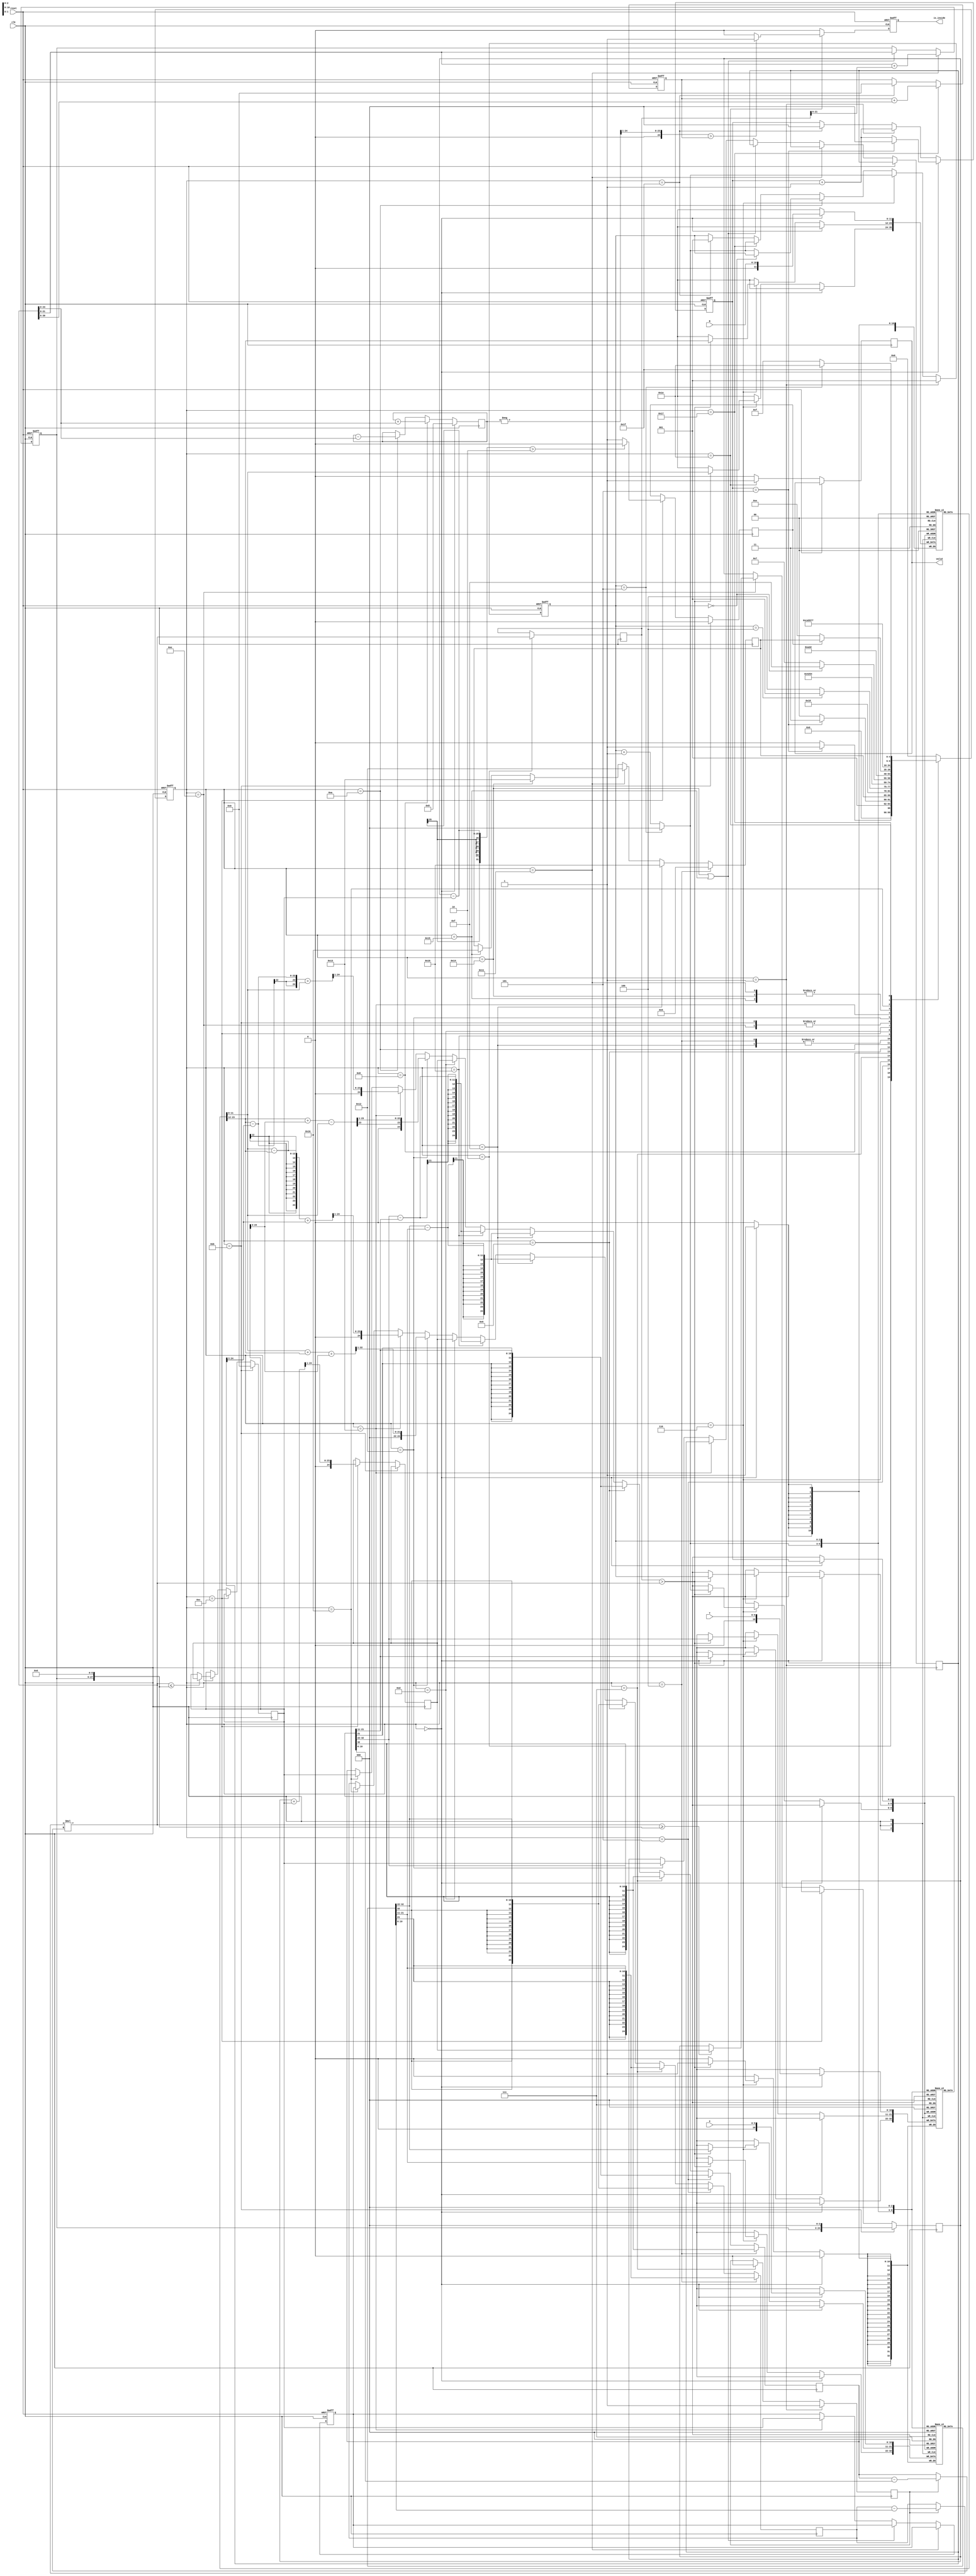
module geofence ( clk,reset,X,Y,R,valid,is_inside);
input clk;
input reset;
input [9:0] X;
input [9:0] Y;
input [10:0] R;
output valid;
output is_inside;
reg valid;//
reg is_inside;//
reg [4:0]current_state,next_state,flag;
reg signed[10:0]object_x[5:0],object_y[5:0];
reg signed[11:0]object_r[5:0];
reg [2:0]counter;
reg [2:0]index;
reg sorting;
reg [21:0]k3;
reg [24:0]high,low,s1,c;
reg [24:0]mid;
reg signed[24:0]triangle;//
reg squart_flag;//
reg signed [23:0]hexagon;
wire signed [42:0] mul_result;
reg signed [42:0] temp;
reg signed [24:0] k1,k2;
wire signed [24:0]vector_x,vector_y;
assign vector_x = sorting ? k1 - object_x[0] : k1;
assign vector_y = sorting ? k2 - object_y[0] : k2;
assign mul_result = vector_x * vector_y;

wire [2:0]index_add_1;
assign index_add_1 = (index==5)?0:index+1;
localparam read = 0;
localparam sort = 1;
localparam mul = 2;
localparam cross_1 = 4;//
localparam cross_2 = 5;
localparam swap = 6;
localparam assign_hexagon_area_1 = 7;
localparam hexagon_area_1 = 8;
localparam assign_hexagon_area_2 = 9;
localparam hexagon_area_2 = 10;
localparam square_start = 11;
localparam compute_mid = 12;
localparam product = 13;
localparam compare = 14;
localparam get_c_1 = 15;
localparam get_c_2 = 16;
localparam Pythagorean = 17;
localparam get_s_1 = 18;
localparam get_s_2 = 19;
localparam store_k_1 = 20;
localparam store_k_2 = 21;
localparam mul_s1_s2 = 22;
localparam add_triangle = 23;
localparam fianl_compare = 30;
localparam finish = 31;
always @(posedge clk or posedge reset)
begin
    if(reset)
        current_state <= read;
    else
        current_state<=next_state;
end
always @(*)//next_state logic
begin
    case(current_state)
        read:
            if(counter == 5)
                next_state = sort;
            else
                next_state = read;
        sort:
            if(counter==5)
                next_state = assign_hexagon_area_1;
            else
                next_state = cross_1 ;
        cross_1:
            next_state = mul;
        mul:
            next_state = flag;
        cross_2:
            next_state = swap;
        swap:
            if(index==4)
                next_state = sort;
            else
                next_state = cross_1;
        assign_hexagon_area_1:
            next_state = hexagon_area_1;
        hexagon_area_1:
            next_state = assign_hexagon_area_2;
        assign_hexagon_area_2:
            next_state = hexagon_area_2;
        hexagon_area_2:
            if(index==0)
                next_state = get_c_1;
            else
                next_state = assign_hexagon_area_1;
        get_c_1:
            next_state = mul;
        get_c_2:
            next_state = Pythagorean;
        Pythagorean:
            next_state = square_start;
        square_start://k3high
            next_state = compute_mid;
        compute_mid:
            next_state = product;
        product:
            if(squart_flag)
                next_state = flag;//flag stage
            else
                next_state = compare;
        compare:
            next_state = compute_mid;
        get_s_1:
            next_state = store_k_1;
        get_s_2:
            next_state = store_k_2;
        store_k_1:
            next_state = square_start;
        store_k_2:
            next_state = square_start;
        mul_s1_s2:
            next_state = add_triangle;
        add_triangle:
            if(index==5)
                next_state = fianl_compare;
            else
                next_state = get_c_1;
        fianl_compare:
            next_state=finish;
        finish:
            next_state = read;
        default:
            next_state = read;
    endcase
end
always @(posedge clk or posedge reset)//index
begin
    if(reset)
        index<=1;
    else if(current_state==sort)
        index<=1;
    else if(current_state==swap)
        index<=index_add_1;
    else if(current_state == hexagon_area_2)
        if(index==0)
            index<=index;
        else
            index<=index_add_1;
    else if(current_state == add_triangle)
        index<=index_add_1;
    else if(current_state==finish)
        index<=1;

end
always @(posedge clk or posedge reset)//counter
begin
    if(reset)
        counter<=0;
    else if(current_state==read)
    begin
        if(counter==5)
            counter<=0;
        else
            counter<=counter+1;
    end
    else if(current_state==sort)
        counter<=counter+1;
    else if(current_state==finish)
        counter<=0;
end
always @(posedge clk)//object_x object_y object_r
begin
    if(current_state==read)
    begin
        object_x[counter]<=X;
        object_y[counter]<=Y;
        object_r[counter]<=R;
    end
    else if(current_state==swap)
    begin
        if(temp>mul_result)
        begin
            object_x[index]<=object_x[index_add_1];
            object_y[index]<=object_y[index_add_1];
            object_r[index]<=object_r[index_add_1];
            object_x[index_add_1]<=object_x[index];
            object_y[index_add_1]<=object_y[index];
            object_r[index_add_1]<=object_r[index];
        end
    end
end
always @(posedge clk)//temp
begin
    if(current_state==mul)
        temp<=mul_result;
end
always @(posedge clk)//k1 k2
begin
    if(current_state==cross_1)
    begin
        k1 <= object_x[index];
        k2 <= object_y[index_add_1];
    end
    else if(current_state==cross_2)
    begin
        k1 <= object_x[index_add_1];
        k2 <= object_y[index];
    end
    else if(current_state == assign_hexagon_area_1)
    begin
        k1 <= object_x[index];
        k2 <= object_y[index_add_1];
    end
    else if(current_state == assign_hexagon_area_2)
    begin
        k1 <= object_x[index_add_1];
        k2 <= object_y[index];
    end
    else if(current_state == get_c_1)
    begin
        k1 <= object_x[index_add_1] - object_x[index];
        k2 <= object_x[index_add_1] - object_x[index];
    end
    else if(current_state == get_c_2)
    begin
        k1 <= object_y[index_add_1] - object_y[index];
        k2 <= object_y[index_add_1] - object_y[index];
    end
    else if(current_state == product)
    begin
        k1 <= mid;
        k2 <= mid;
    end
    else if(current_state==get_s_1)
    begin
        k1 <= ((object_r[index] +  object_r[index_add_1] +(low>>3) )>>1);
        k2 <= ((object_r[index_add_1] + (low>>3) - object_r[index])>>1);
    end
    else if(current_state == get_s_2)
    begin
        k1 <= ((object_r[index] -  object_r[index_add_1] + (c>>3))>>1);
        k2 <= ((object_r[index_add_1] - (c>>3) + object_r[index])>>1);
    end
    else if(current_state==mul_s1_s2)
    begin
        k1<=s1;
        k2<=low;
    end
end
always @(posedge clk)//sorting
begin
    if(current_state==sort)
        sorting<=1;
    else if(current_state==assign_hexagon_area_1)
        sorting<=0;
end
always @(posedge clk)//flag
begin
    if(current_state==cross_1)
        flag<=cross_2;
    else if(current_state==get_c_1)
        flag<=get_c_2;
    else if(current_state==Pythagorean)
        flag<=get_s_1;
    else if(current_state == store_k_1)
        flag<=get_s_2;
    else if(current_state==store_k_2)
        flag<= mul_s1_s2;
end
always @(posedge clk)//hexagon
begin
    if(current_state==read)
        hexagon<=0;
    else if(current_state==hexagon_area_1)
        hexagon <= hexagon + mul_result;
    else if(current_state == hexagon_area_2)
        hexagon <= hexagon - mul_result;
end
always @(posedge clk or posedge reset)//k3 s1
begin
    if(reset)
    begin
        k3<=188;
        s1<=0;
    end

    else if(current_state == Pythagorean)
    begin
        k3 <= mul_result + temp;
    end
    else if(current_state == store_k_1||current_state == store_k_2)
    begin
        k3 <= mul_result;
    end
    else if(current_state == get_s_2)
        s1 <= low;
    else if(current_state == get_s_1)
        c <= low;
end
//*************************************************
always @(posedge clk)//high low mid squart_flag
begin
    if(current_state == square_start)
    begin
        high<={k3,3'b000};
        low<=0;
        squart_flag<=0;
    end
    else if(current_state == compute_mid)
    begin
        if(high - low > 2)
            squart_flag<=0;
        else
            squart_flag<=1;
        mid <= (high+low)>>1;
    end
    else if(current_state == compare)
    begin
        if(mul_result <= {k3,6'b000000})
            low <= mid;
        if(mul_result >= {k3,6'b000000})
            high <=mid;
    end
end
//*************************************************
always @(posedge clk or posedge reset)
begin
    if(reset)
        triangle<=0;
    else if(current_state==add_triangle)
        triangle<=triangle + (mul_result>>6);
    else if(current_state==finish)
        triangle<=0;
end

always @(posedge clk or posedge reset)//is_inside
begin
    if(reset)
        is_inside<=0;
    else if(current_state==fianl_compare)
    begin
        valid<=1;
        if(((-hexagon)>>1)>triangle)
            is_inside <=1;
        else
            is_inside <=0;
    end
    else
    begin
        valid<=0;
        is_inside<=0;
    end
end
endmodule